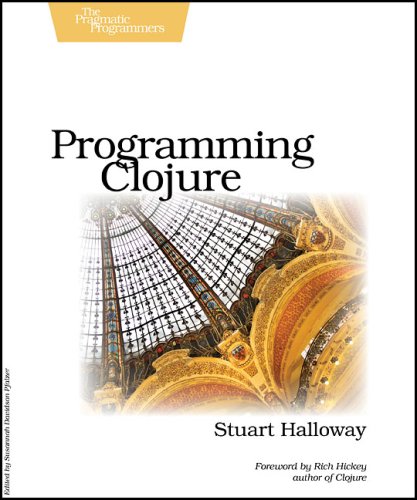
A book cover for Programming Clojure (Pragmatic Programmers); Stuart Halloway; Computers & Technology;